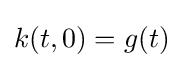
{k(t,0)}={g(t)}